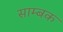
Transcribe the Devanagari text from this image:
साम्बक